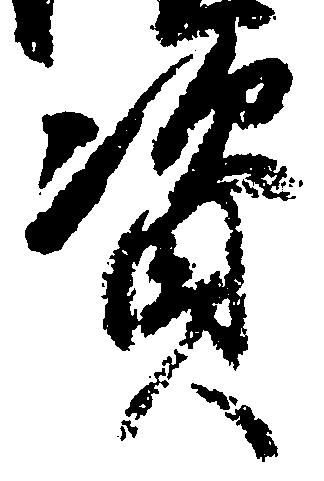
資